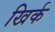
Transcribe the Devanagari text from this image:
खिर्क